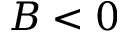
B < 0